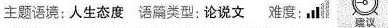
主题语境：人生态度 语篇类型：论说文 难度： 建议